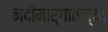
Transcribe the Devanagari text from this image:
नदीमार्गातल्या